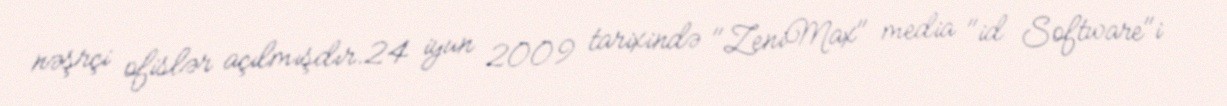
nəşrçi ofislər açılmışdır.24 iyun 2009 tarixində "ZeniMax" media "id Software"i